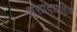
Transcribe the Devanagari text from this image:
प्रसादाप्रमाणे